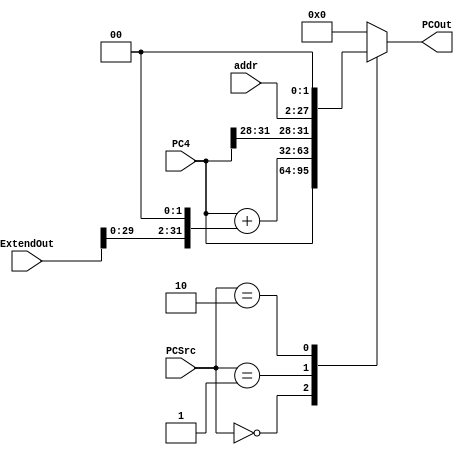
`timescale 1ns / 1ps

module PCSelect(
    input [1:0] PCSrc,
    input [31:0] PC4,
    input [31:0] ExtendOut,
    input [25:0] addr,
    output reg [31:0] PCOut
    );
    
    always @(PCSrc or PC4 or ExtendOut or addr) begin
        case (PCSrc)
            2'b00 : PCOut = PC4;
            2'b01 : PCOut = PC4 + (ExtendOut << 2);
            2'b10 : PCOut = {PC4[31:28], addr[25:0], 2'b00};
            default : PCOut = 32'h00000000; 
        endcase
    end
endmodule